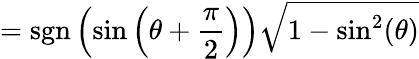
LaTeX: =\operatorname{sgn}\left(\sin\left(\theta+{\frac{\pi}{2}}\right)\right){\sqrt{1-\sin^{2}(\theta)}}